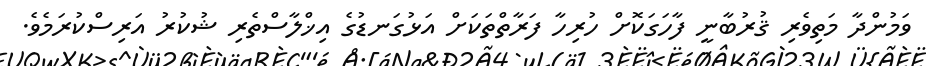
ވަމުންދާ މަތިވެރި ޤުރުބާނީ ފާހަގަކޮށް ހުރިހާ ފަރާތްތަކަށް އަޅުގަނޑުގެ އިޚްލާސްތެރި ޝުކުރު އަރިސްކުރަމެވެ.